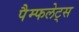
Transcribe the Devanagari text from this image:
पैम्फलेट्स